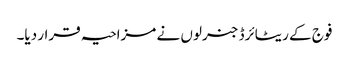
فوج کے ریٹائرڈ جنرلوں نے مزاحیہ قرار دیا۔